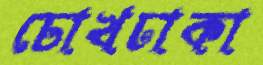
চোখঢাকা